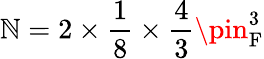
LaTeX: \mathbb{N}=2\times{\frac{{1}}{{8}}}\times{\frac{{4}}{{3}}}\pin_{\mathrm{{F}}}^{3}